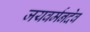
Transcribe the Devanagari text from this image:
जयवर्मनदेव